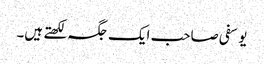
یوسفی صاحب ایک جگہ لکھتے ہیں۔